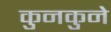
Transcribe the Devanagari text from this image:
कुनकुने